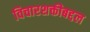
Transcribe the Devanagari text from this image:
विचारशक्तीबद्दल